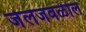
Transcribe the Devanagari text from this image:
जेलजवळील